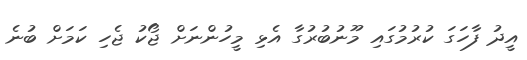
އީދު ފާހަގަ ކުރުމުގައި މޫނުބުރުގާ އެޅި މީހުންނަށް ޖޯކު ޖެހި ކަމަށް ބުނެ